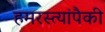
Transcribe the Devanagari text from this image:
हमरस्त्यांपैकी